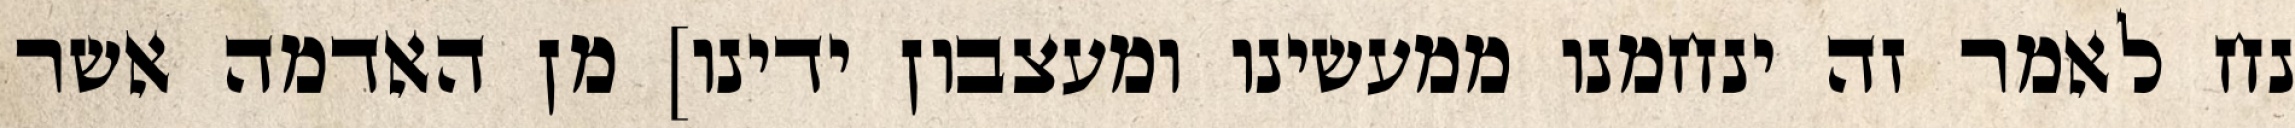
נח לאמר זה ינחמנו ממעשינו ומעצבון ידינו] מן האדמה אשר